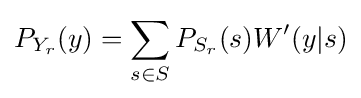
\displaystyle P_{Y_{r}}(y)=\sum _{s\in S}P_{S_{r}}(s)W'(y|s)